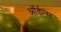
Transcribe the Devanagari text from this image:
ऑर्डन्स